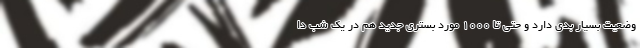
وضعیت بسیار بدی دارد و حتی تا ۱۰۰۰ مورد بستری جدید هم در یک شب دا